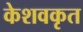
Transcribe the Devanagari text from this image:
केशवकृत